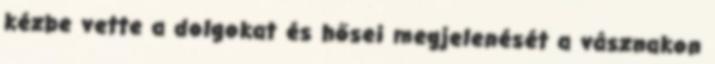
kézbe vette a dolgokat és hősei megjelenését a vásznakon